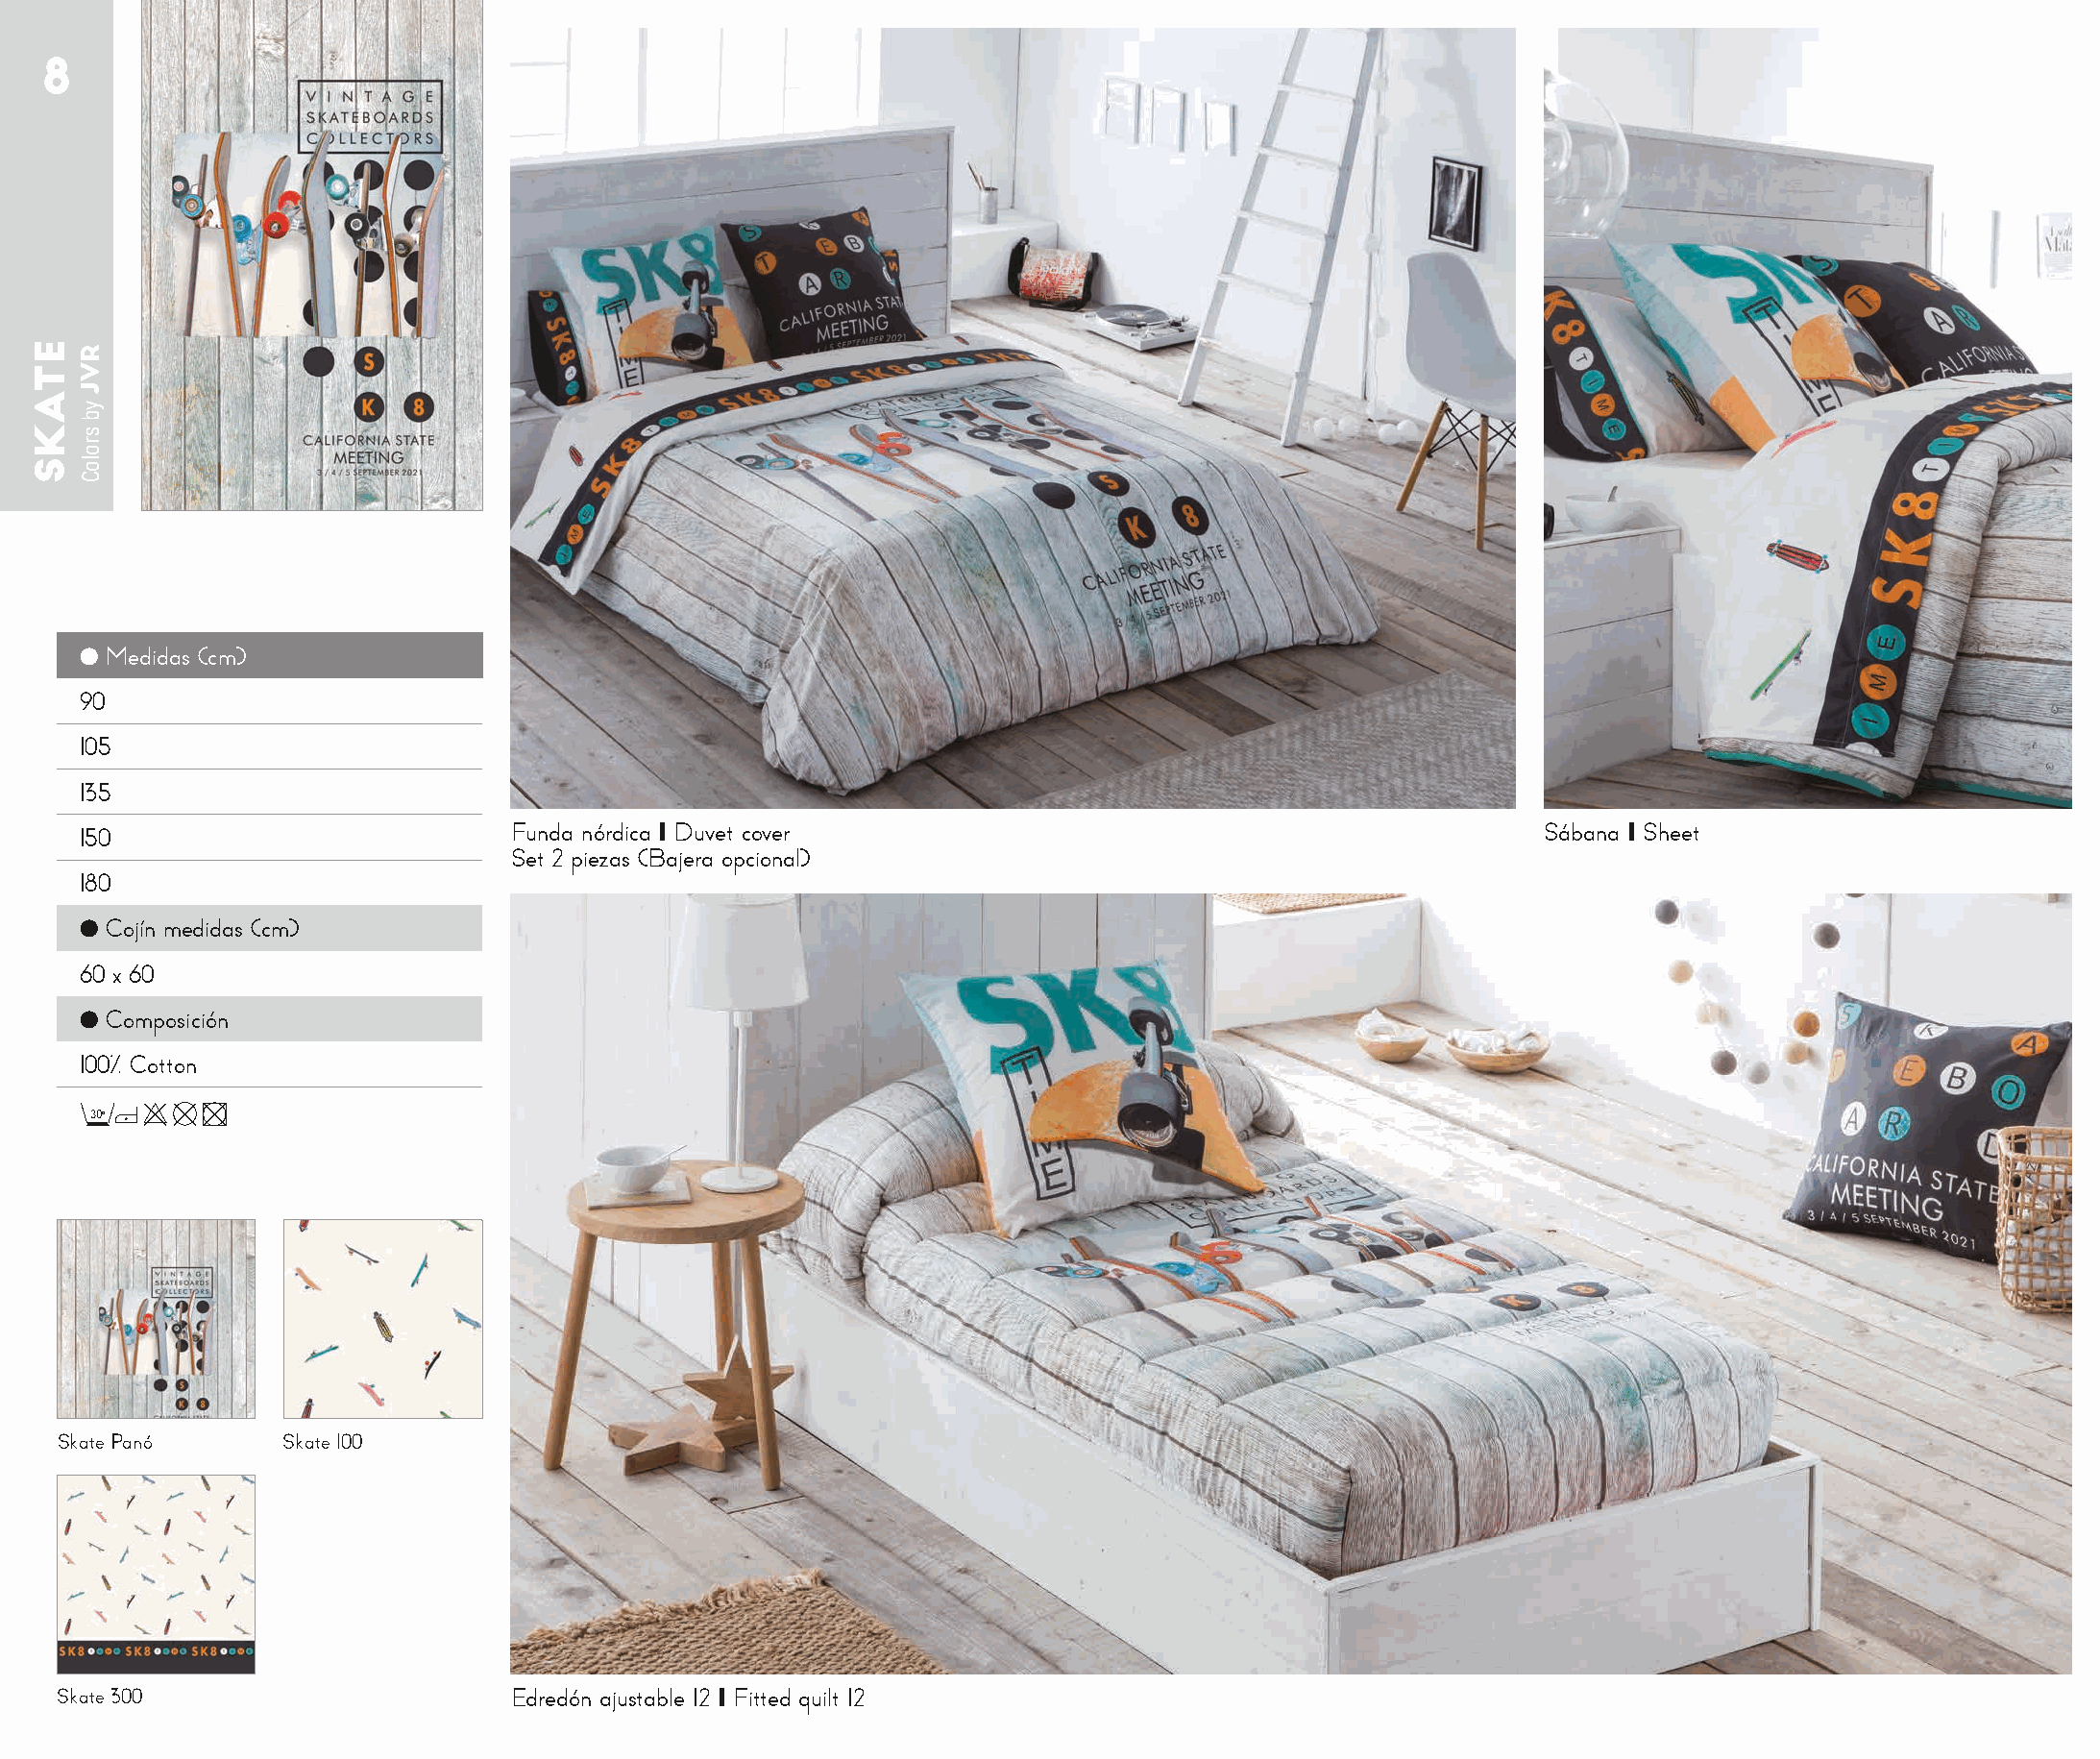
8
 ● Medidas (cm)
 90
 105
 135
 150                           Funda nórdica I Duvet cover                                            Sábana I Sheet
 Set 2 piezas (Bajera opcional)
 180
 ● Cojín medidas (cm)
 60 x 60
 ● Composición
 100% Cotton
 30o
 Skate Panó     Skate 100
 Skate 300                      Edredón ajustable 12 I Fitted quilt 12
 ETAKS RVJ
 yb
 sroloC